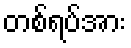
တစ်ရပ်အား